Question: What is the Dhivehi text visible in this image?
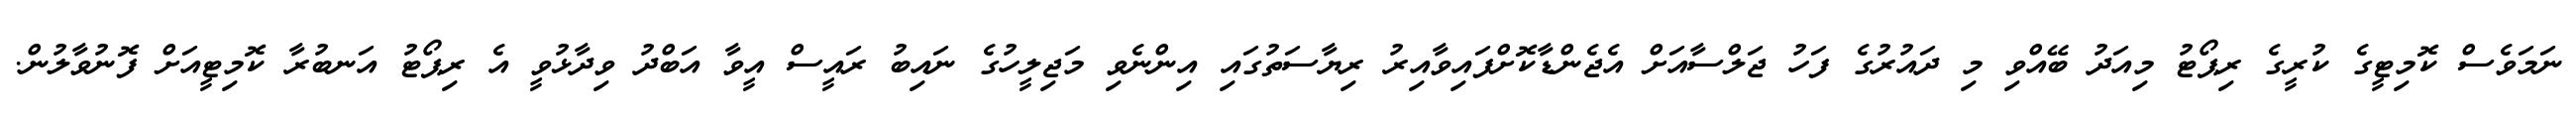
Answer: ނަމަވެސް ކޮމިޓީގެ ކުރީގެ ރިޕޯޓު މިއަދު ބޭއްވި މި ދައުރުގެ ފަހު ޖަލްސާއަށް އެޖެންޑާކޮށްފައިވާއިރު ރިޔާސަތުގައި އިންނެވި މަޖިލީހުގެ ނައިބު ރައީސް އީވާ އަބްދު ވިދާޅުވީ އެ ރިޕޯޓު އަނބުރާ ކޮމިޓީއަށް ފޮނުވާލުން.